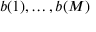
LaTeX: b ( 1 ) , \dots , b ( M )